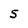
Character: 5